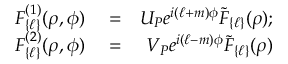
\begin{array} { r l r } { { \cal F } _ { \{ \ell \} } ^ { ( 1 ) } ( \rho , \phi ) } & { { } = } & { { \cal U } _ { P } e ^ { i ( \ell + m ) \phi } { \tilde { \cal F } } _ { \{ \ell \} } ( \rho ) ; } \\ { { \cal F } _ { \{ \ell \} } ^ { ( 2 ) } ( \rho , \phi ) } & { { } = } & { { \cal V } _ { P } e ^ { i ( \ell - m ) \phi } { \tilde { \cal F } } _ { \{ \ell \} } ( \rho ) } \end{array}